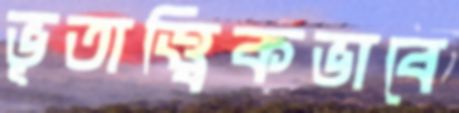
ভূতাত্ত্বিকভাবে